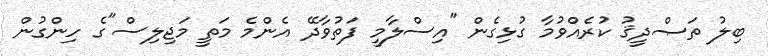
ބިލު ތަޞްދީޤު ކުރެއްވުމާ ގުޅިގެން "އިސްލާމީ ފަތުވާދޭ އެންމެ މަތީ މަޖިލިސް"ގެ ހިންގުން